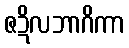
ဇဍိလဘာဂိကာ